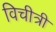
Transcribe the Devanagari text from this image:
विचीत्री